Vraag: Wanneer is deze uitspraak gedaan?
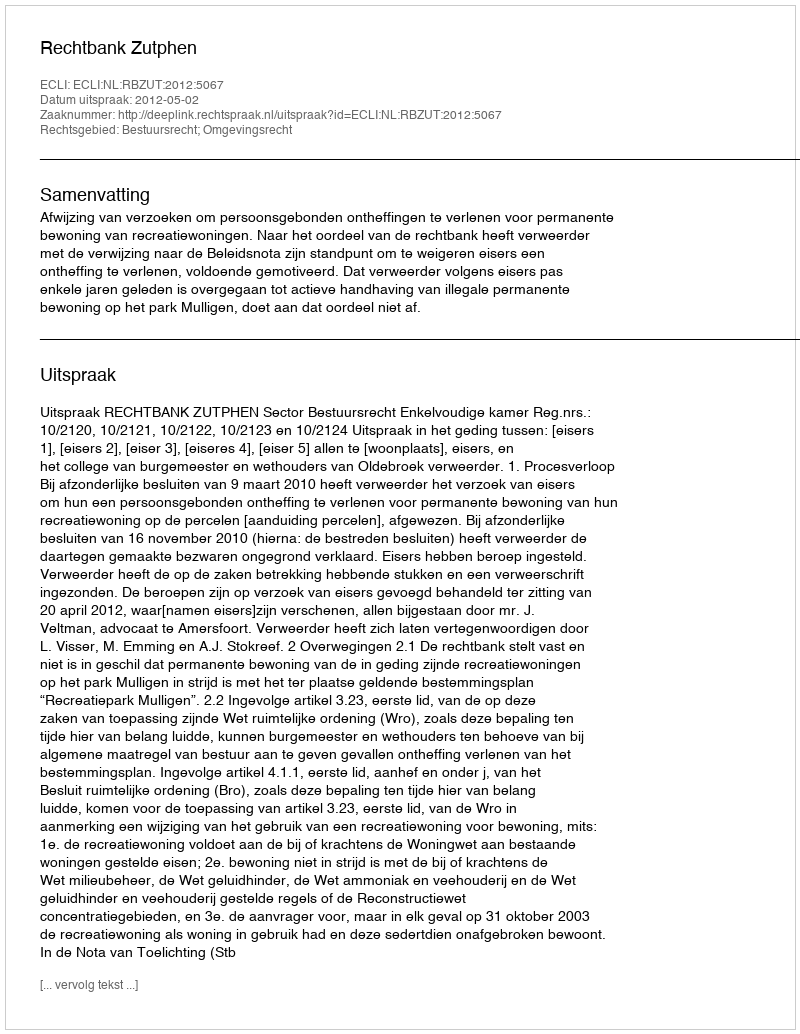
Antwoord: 2012-05-02